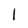
Character: I